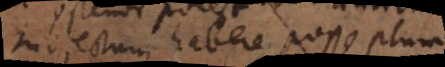
subjectum habere posse plura